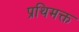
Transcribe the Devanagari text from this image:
प्रथिमक्त